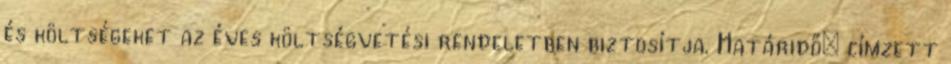
és költségeket az éves költségvetési rendeletben biztosítja. Határidő: címzett